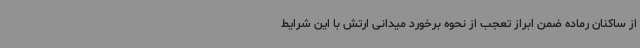
از ساکنان رماده ضمن ابراز تعجب از نحوه برخورد میدانی ارتش با این شرایط